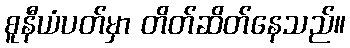
စူနီယံပတ်မှာ တိတ်ဆိတ်နေသည်။